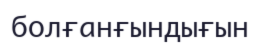
болғанғындығын